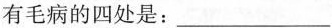
有毛病的四处是：___